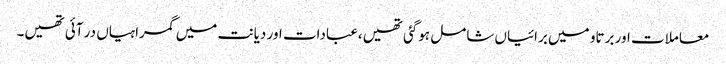
معاملات اور برتاو میں برائیاں شامل ہوگئی تھیں،عبادات اور دیانت میں گمراہیاں در آئی تھیں۔